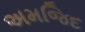
અમજિદ